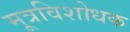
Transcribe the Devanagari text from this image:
मूत्रविशोधक